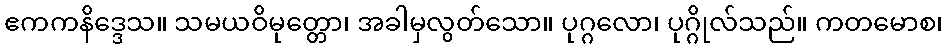
ဧကကနိဒ္ဒေသ။ သမယဝိမုတ္တော၊ အခါမှလွတ်သော။ ပုဂ္ဂလော၊ ပုဂ္ဂိုလ်သည်။ ကတမောစ၊